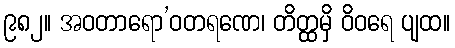
၉၈၂။ အဝတာရော’ဝတရဏေ၊ တိတ္ထမှိ ဝိဝရေ ပျထ။